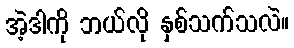
အဲ့ဒါကို ဘယ်လို နှစ်သက်သလဲ။